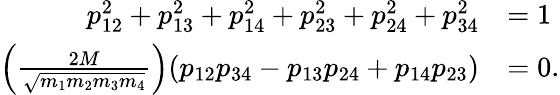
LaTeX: \begin{array}{rl}{p_{12}^{2}+p_{13}^{2}+p_{14}^{2}+p_{23}^{2}+p_{24}^{2}+p_{34}^{2}}&{=1}\\ {\left(\frac{2M}{\sqrt{m_{1}m_{2}m_{3}m_{4}}}\right)(p_{12}p_{34}-p_{13}p_{24}+p_{14}p_{23})}&{=0.}\end{array}